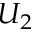
U _ { 2 }